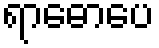
ရာဓောပေ